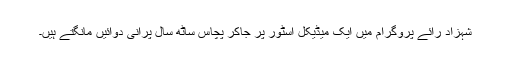
شہزاد رائے پروگرام میں ایک میڈیکل اسٹور پر جاکر پچاس ساٹھ سال پرانی دوائیں مانگتے ہیں۔